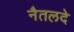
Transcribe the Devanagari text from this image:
नैतलदे